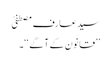
سید عارف مصطفیٰ
’’قانون کے آگے ‘‘۔